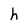
Character: h